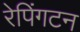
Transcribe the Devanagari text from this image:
रेपिंगटन